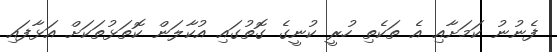
ފެނުނު ކަމަށާއި އެ ތަކެތި ހުރީ ކުނީގެ ގޮތުގައި އުކާލަން ކޮތަޅުތަކަށް އަޅާފައި